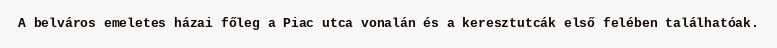
A belváros emeletes házai főleg a Piac utca vonalán és a keresztutcák első felében találhatóak.